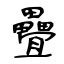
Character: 疊